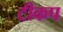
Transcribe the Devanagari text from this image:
टीकप